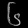
Digit: ၆